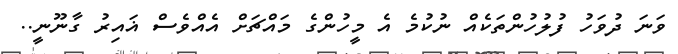
ވަނަ ދުވަހު ފުލުހުންތަކެއް ނުކުމެ އެ މީހުންގެ މައްޗަށް އެއްވެސް ޣައިރު ގާނޫނީ..